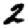
Digit: 2